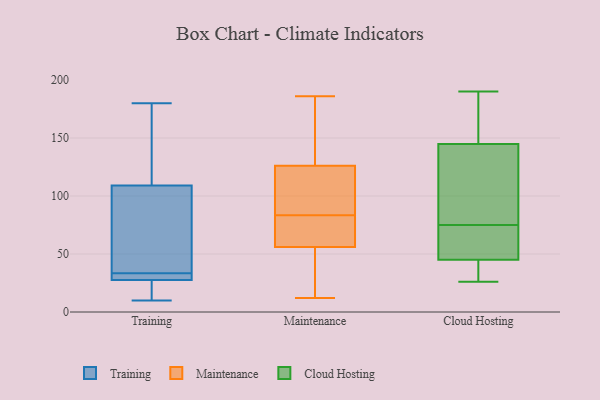
{"axis": {"x": "Revenue (USD Million)", "y": "Value"}, "legend": ["Cloud Hosting", "Maintenance", "Training"], "data": [{"x": "", "y": 17, "type": "Training"}, {"x": "", "y": 36, "type": "Training"}, {"x": "", "y": 139, "type": "Training"}, {"x": "", "y": 165, "type": "Training"}, {"x": "", "y": 31, "type": "Training"}, {"x": "", "y": 30, "type": "Training"}, {"x": "", "y": 76, "type": "Training"}, {"x": "", "y": 31, "type": "Training"}, {"x": "", "y": 20, "type": "Training"}, {"x": "", "y": 70, "type": "Training"}, {"x": "", "y": 72, "type": "Training"}, {"x": "", "y": 79, "type": "Training"}, {"x": "", "y": 27, "type": "Training"}, {"x": "", "y": 30, "type": "Training"}, {"x": "", "y": 27, "type": "Training"}, {"x": "", "y": 152, "type": "Training"}, {"x": "", "y": 28, "type": "Training"}, {"x": "", "y": 141, "type": "Training"}, {"x": "", "y": 180, "type": "Training"}, {"x": "", "y": 10, "type": "Training"}, {"x": "", "y": 101, "type": "Maintenance"}, {"x": "", "y": 130, "type": "Maintenance"}, {"x": "", "y": 48, "type": "Maintenance"}, {"x": "", "y": 98, "type": "Maintenance"}, {"x": "", "y": 145, "type": "Maintenance"}, {"x": "", "y": 80, "type": "Maintenance"}, {"x": "", "y": 186, "type": "Maintenance"}, {"x": "", "y": 126, "type": "Maintenance"}, {"x": "", "y": 12, "type": "Maintenance"}, {"x": "", "y": 27, "type": "Maintenance"}, {"x": "", "y": 56, "type": "Maintenance"}, {"x": "", "y": 56, "type": "Maintenance"}, {"x": "", "y": 87, "type": "Maintenance"}, {"x": "", "y": 72, "type": "Maintenance"}, {"x": "", "y": 145, "type": "Cloud Hosting"}, {"x": "", "y": 26, "type": "Cloud Hosting"}, {"x": "", "y": 45, "type": "Cloud Hosting"}, {"x": "", "y": 123, "type": "Cloud Hosting"}, {"x": "", "y": 190, "type": "Cloud Hosting"}, {"x": "", "y": 45, "type": "Cloud Hosting"}, {"x": "", "y": 144, "type": "Cloud Hosting"}, {"x": "", "y": 159, "type": "Cloud Hosting"}, {"x": "", "y": 27, "type": "Cloud Hosting"}, {"x": "", "y": 74, "type": "Cloud Hosting"}, {"x": "", "y": 75, "type": "Cloud Hosting"}]}